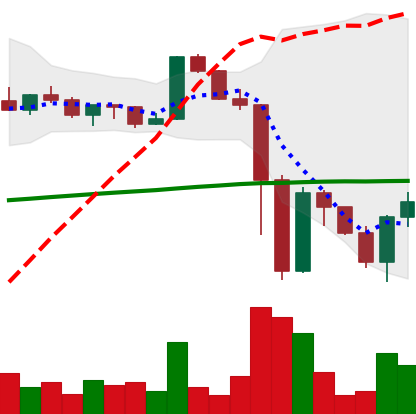
Ticker: XRP-USD
Chart end date: 2022-11-15
Forward return: -6.84%
Label: down_5_7